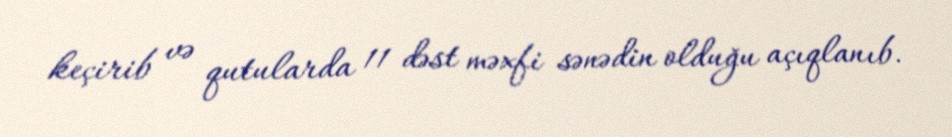
keçirib və qutularda 11 dəst məxfi sənədin olduğu açıqlanıb.